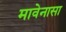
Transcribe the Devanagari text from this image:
मावेनासा